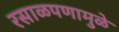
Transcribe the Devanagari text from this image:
रसाळपणामुळे